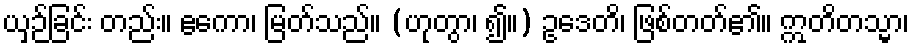
ယှဉ်ခြင်း တည်း။ ဧကော၊ မြတ်သည်။ (ဟုတွာ၊ ၍။) ဥဒေတိ၊ ဖြစ်တတ်၏။ ဣတိတသ္မာ၊